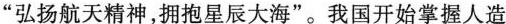
”弘扬航天精神，拥抱星辰大海”。我国开始掌握人造